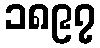
၁၈၉၇